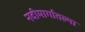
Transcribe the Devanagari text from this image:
नदीमार्गातल्या